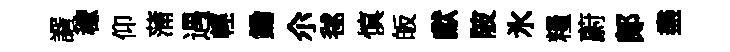
諝稼仰蒲遇輕鋤尒毬慎皈獻陂氷糧蔚郞盡